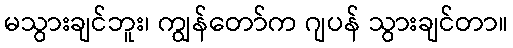
မသွားချင်ဘူး၊ ကျွန်တော်က ဂျပန် သွားချင်တာ။